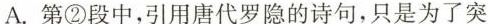
A.第②段中，引用唐代罗隐的诗句，只是为了突